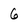
Character: 6